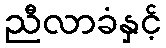
ညီလာခံနှင့်